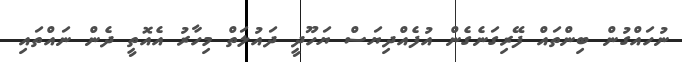
ނުހައްގުން ބިންތައް ފޭރިގަނެގެން އުފެއްދިޔަސް ޔަހޫދީ ދައުލަތް މިހާރު އެއޮތީ ދެން ނައްތައި